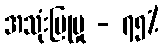
အသုံးပြုမှု - ၇၅%